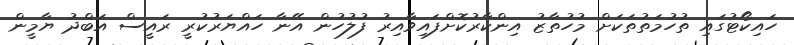
ހައިކޯޓުގައި ތުހުމަތުތަކަށް މުހުތާޒު އިންކާރުކޮށްފައިވާއިރު ފުލުހުން އޭނާ ހައްޔަރުކުރީ ރައީސް އަބްދު ޔާމީން